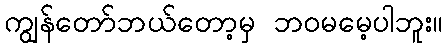
ကျွန်တော်ဘယ်တော့မှ ဘဝမမေ့ပါဘူး။